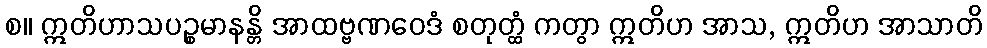
စ။ ဣတိဟာသပဉ္စမာနန္တိ အာထဗ္ဗဏဝေဒံ စတုတ္ထံ ကတွာ ဣတိဟ အာသ, ဣတိဟ အာသာတိ